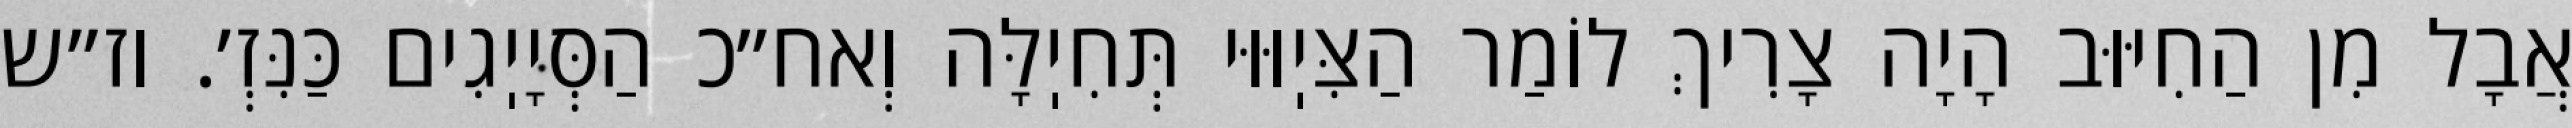
אֲבָל מִן הַחִיּוּב הָיָה צָרִיךְ לוֹמַר הַצִּיֽוּוּי תְּחִיֽלָּה וְאח״כ הַסְּיָיֽגִים כַּנִּזְ׳. וז״ש